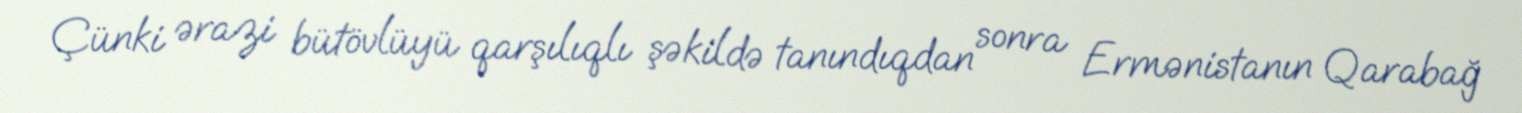
Çünki ərazi bütövlüyü qarşılıqlı şəkildə tanındıqdan sonra Ermənistanın Qarabağ